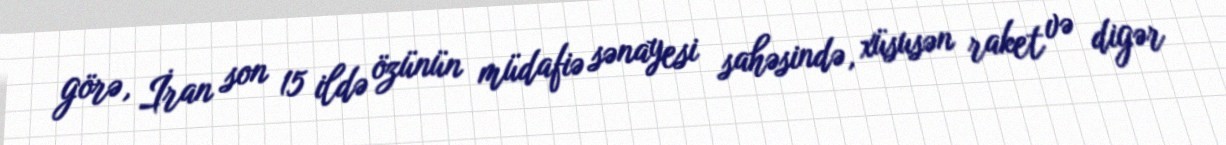
görə, İran son 15 ildə özünün müdafiə sənayesi sahəsində, xüsusən raket və digər